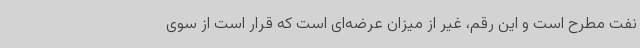
نفت مطرح است و این رقم، غیر از میزان عرضه‌ای است که قرار است از سوی